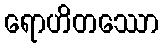
ရောဟိတဿော